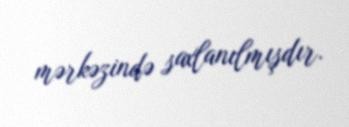
mərkəzində saxlanılmışdır.